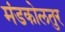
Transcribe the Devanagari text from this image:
मंडकोलतुर